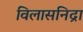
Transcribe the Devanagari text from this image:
विलासनिद्रा